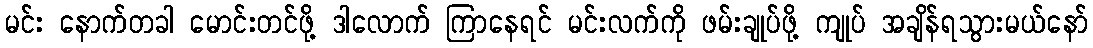
မင်း နောက်တခါ မောင်းတင်ဖို့ ဒါလောက် ကြာနေရင် မင်းလက်ကို ဖမ်းချုပ်ဖို့ ကျုပ် အချိန်ရသွားမယ်နော်